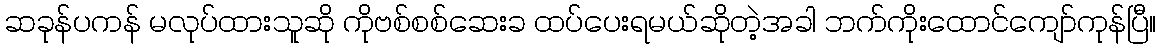
ဆခုန်ပကန် မလုပ်ထားသူဆို ကိုဗစ်စစ်ဆေးခ ထပ်ပေးရမယ်ဆိုတဲ့အခါ ဘက်ကိုးထောင်ကျော်ကုန်ပြီ။